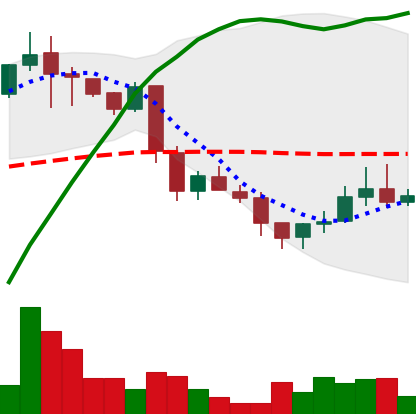
Ticker: LINK-USD
Chart end date: 2018-12-01
Forward return: -33.052%
Label: down_7plus